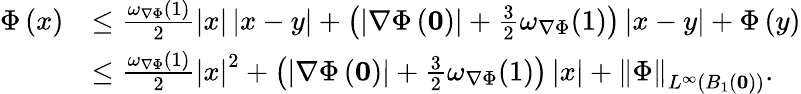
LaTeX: \begin{array}{rl}{\Phi\left(x\right)}&{\le\frac{\omega_{\nabla\Phi}(1)}{2}\left|x\right|\left|x-y\right|+\left(\left|\nabla\Phi\left(\mathbf{0}\right)\right|+\frac{3}{2}\omega_{\nabla\Phi}(1)\right)\left|x-y\right|+\Phi\left(y\right)}\\ &{\le\frac{\omega_{\nabla\Phi}(1)}{2}\left|x\right|^{2}+\left(\left|\nabla\Phi\left(\mathbf{0}\right)\right|+\frac{3}{2}\omega_{\nabla\Phi}(1)\right)\left|x\right|+\left\| \Phi\right\| _{L^{\infty}\left(B_{1}\left(\mathbf{0}\right)\right)}.}\end{array}